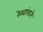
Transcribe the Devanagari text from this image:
रेखांशाने